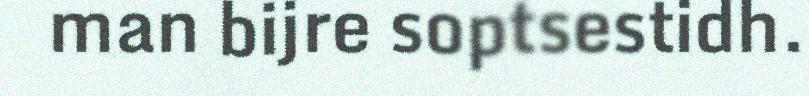
man bijre soptsestidh.